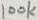
Text: 100K